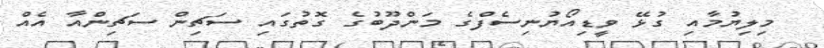
މިލިޔުމާއި ގުޅޭ ވީޑިއޯޔުނިސެފްގެ މަންދޫބުގެ ގޮތުގައި ސަޗިން ސަޗިންއާ އެއް